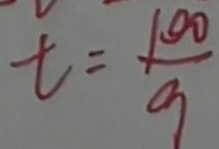
t = \frac { 1 0 0 } { 9 }